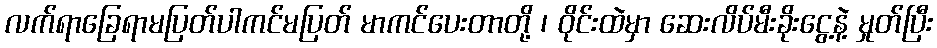
လက်ရာခြေရာမပြတ်ပါကင်မပြတ် မာကင်ပေးတာတို့ ၊ ဝိုင်းထဲမှာ ဆေးလိပ်မီးခိုးငွေ့နဲ့ မှုတ်ပြီး